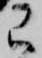
已